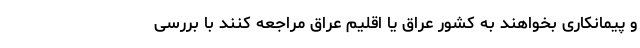
و پیمانکاری بخواهند به کشور عراق یا اقلیم عراق مراجعه کنند با بررسی